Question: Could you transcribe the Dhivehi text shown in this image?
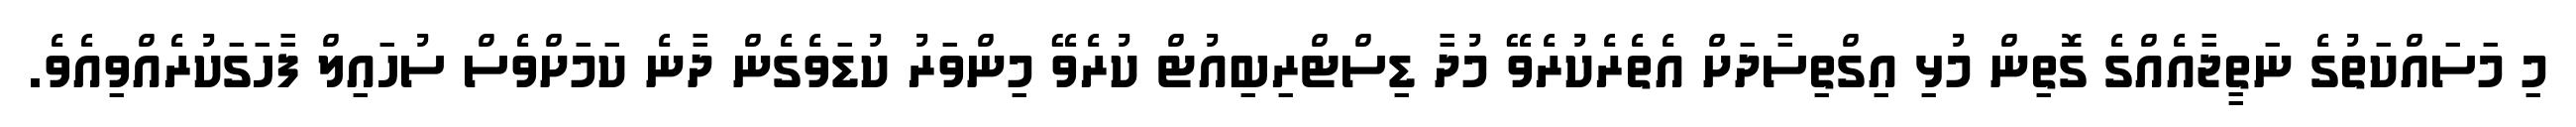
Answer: މި މަސައްކަތުގެ ނަތީޖާއެއްގެ ގޮތިން މުޅި އިގްތިސާދަށް އެތެރެކުރެވޭ މުދާ ޑިސްޓްރިބިއުޓް ކުރެވޭ މިންވަރު ކުޑަވެގެން ދާނެ ކަމަށްވެސް ސުހައިލް ފާހަގަކުރެއްވިއެވެ.